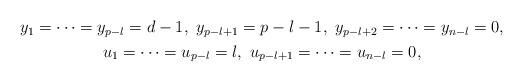
LaTeX: \begin{align*} \begin{gathered} y_1=\cdots=y_{p-l} = d-1,\ y_{p-l+1} = p-l-1,\ y_{p-l+2}=\cdots=y_{n-l}=0, \\ u_1=\cdots=u_{p-l}=l,\ u_{p-l+1} = \cdots=u_{n-l} = 0, \end{gathered} \end{align*}